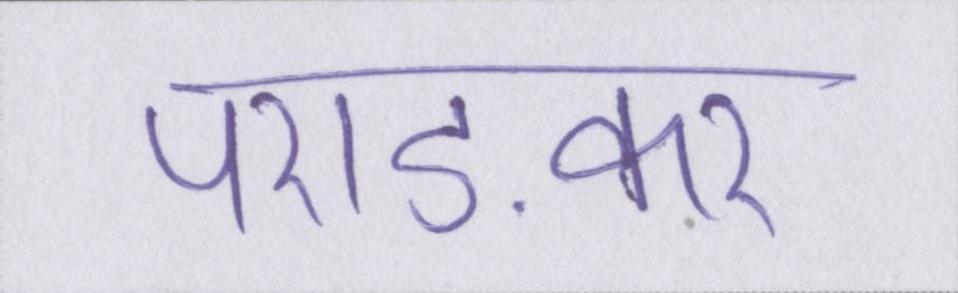
पराड़कर